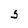
Character: S